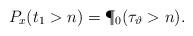
LaTeX: \begin{align*}P_x(t_1 > n) = \P_0(\tau_\vartheta > n).\end{align*}